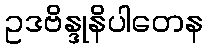
ဥဒဗိန္ဒုနိပါတေန